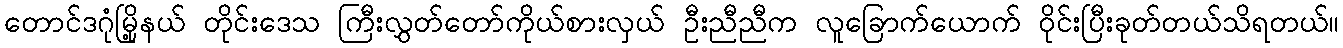
တောင်ဒဂုံမြို့နယ် တိုင်းဒေသ ကြီးလွှတ်တော်ကိုယ်စားလှယ် ဦးညီညီက လူခြောက်ယောက် ဝိုင်းပြီးခုတ်တယ်သိရတယ်။